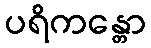
ပရိကန္တော